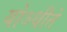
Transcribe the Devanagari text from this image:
योऽधीते